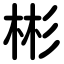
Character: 彬